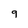
Character: 9